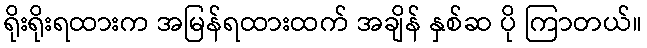
ရိုးရိုးရထားက အမြန်ရထားထက် အချိန် နှစ်ဆ ပို ကြာတယ်။